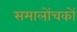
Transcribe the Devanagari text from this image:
समालोंचकों